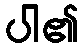
ပါ၏